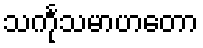
သင်္ကုသမာဟတော